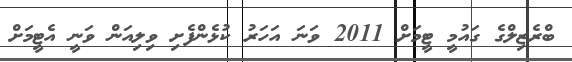
ބްރެޒިލްގެ ގައުމީ ޓީމަށް 2011 ވަނަ އަހަރު ކުޅެންފެށި ވިލިއަން ވަނީ އެޓީމަށް